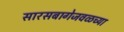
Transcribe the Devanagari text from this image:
सारसबागेजवळच्या